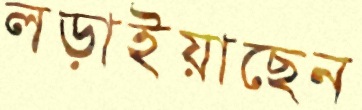
লড়াইয়াছেন